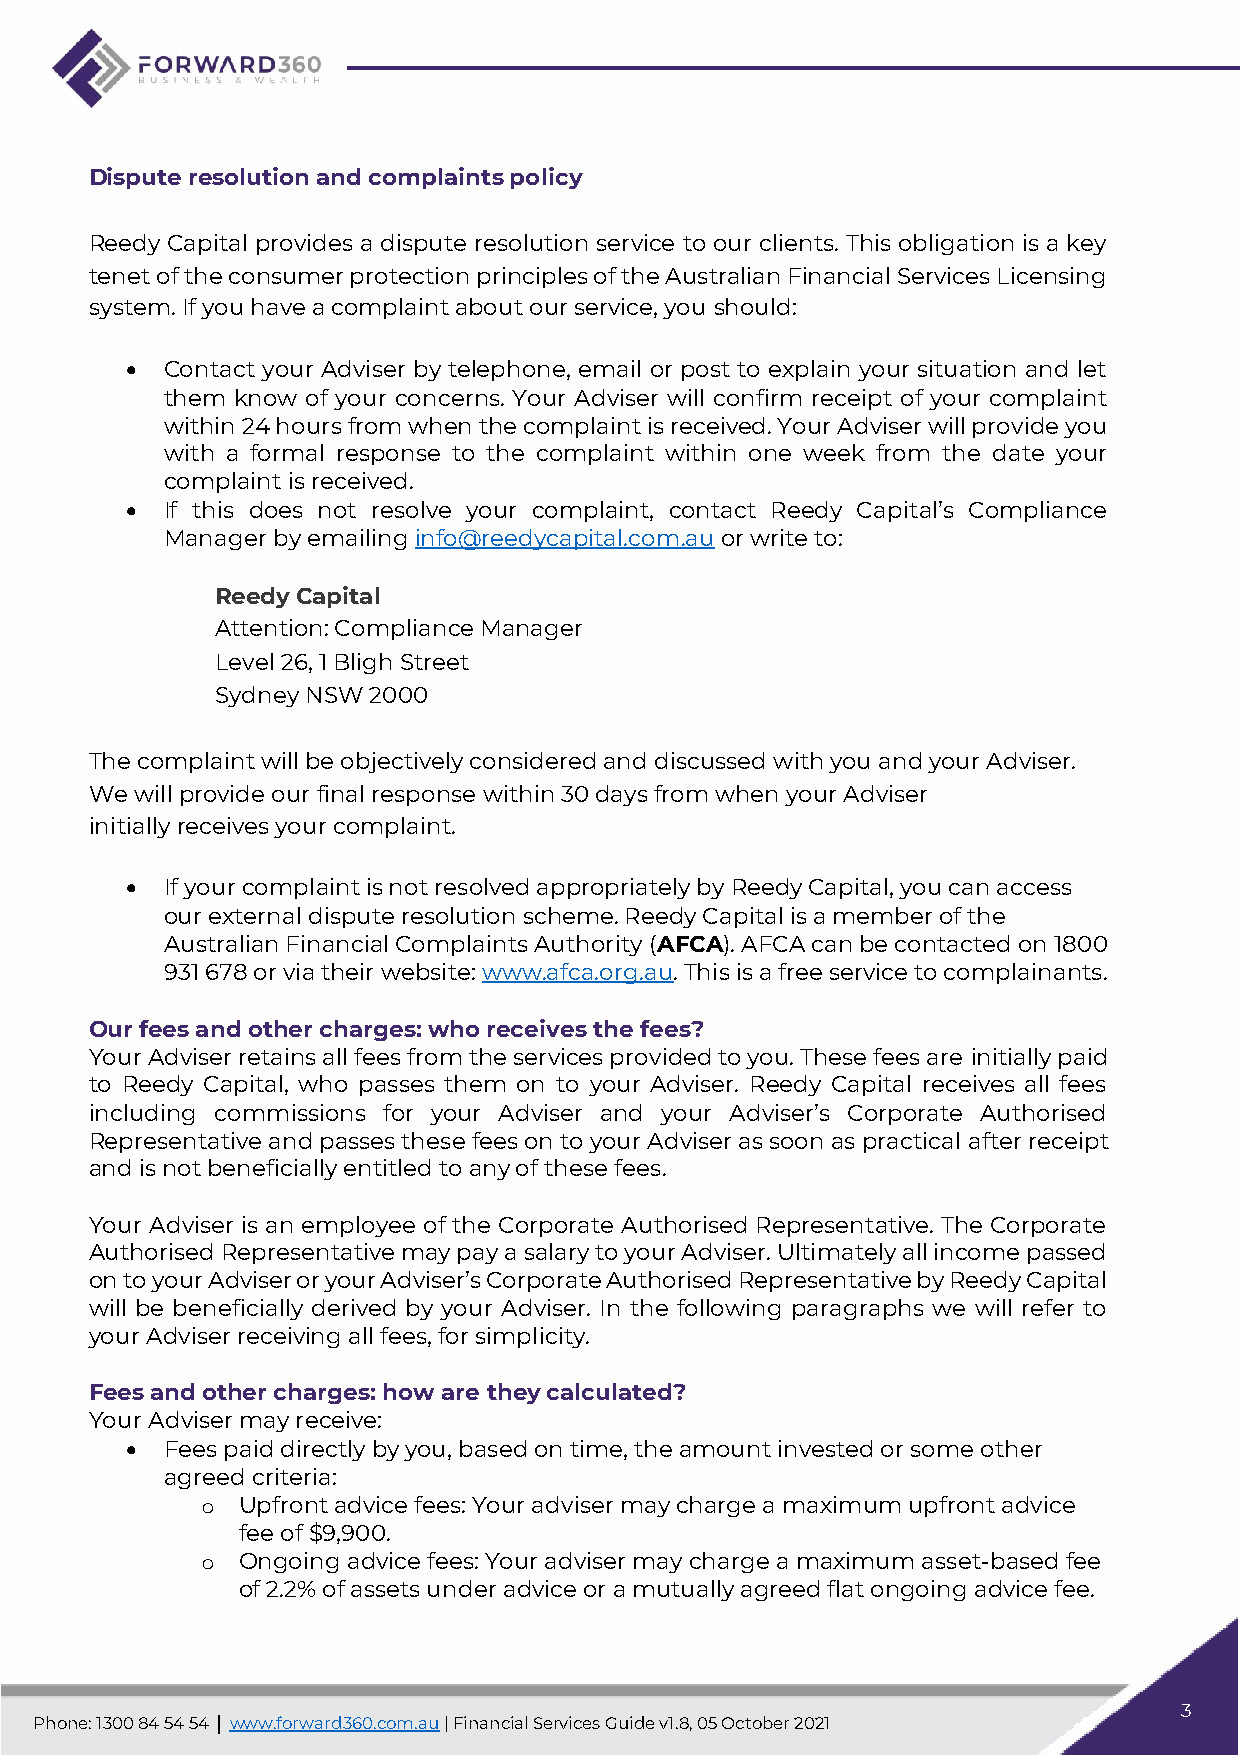
Dispute resolution and complaints policy
 Reedy Capital provides a dispute resolution service to our clients. This obligation is a key
 tenet of the consumer protection principles of the Australian Financial Services Licensing
 system. If you have a complaint about our service, you should:
 •  Contact your Adviser by telephone, email or post to explain your situation and let
 them know of your concerns. Your Adviser will confirm receipt of your complaint
 within 24 hours from when the complaint is received. Your Adviser will provide you
 with a formal response to the complaint within one week from the date your
 complaint is received.
 •  If this does not resolve your complaint, contact Reedy Capital’s Compliance
 Manager by emailing info@reedycapital.com.au or write to:
 Reedy Capital
 Attention: Compliance Manager
 Level 26, 1 Bligh Street
 Sydney NSW 2000
 The complaint will be objectively considered and discussed with you and your Adviser.
 We will provide our final response within 30 days from when your Adviser
 initially receives your complaint.
 •  If your complaint is not resolved appropriately by Reedy Capital, you can access
 our external dispute resolution scheme. Reedy Capital is a member of the
 Australian Financial Complaints Authority (AFCA). AFCA can be contacted on 1800
 931 678 or via their website: www.afca.org.au. This is a free service to complainants.
 Our fees and other charges: who receives the fees?
 Your Adviser retains all fees from the services provided to you. These fees are initially paid
 to Reedy Capital, who passes them on to your Adviser. Reedy Capital receives all fees
 including commissions for your Adviser and your Adviser’s Corporate Authorised
 Representative and passes these fees on to your Adviser as soon as practical after receipt
 and is not beneficially entitled to any of these fees.
 Your Adviser is an employee of the Corporate Authorised Representative. The Corporate
 Authorised Representative may pay a salary to your Adviser. Ultimately all income passed
 on to your Adviser or your Adviser’s Corporate Authorised Representative by Reedy Capital
 will be beneficially derived by your Adviser. In the following paragraphs we will refer to
 your Adviser receiving all fees, for simplicity.
 Fees and other charges: how are they calculated?
 Your Adviser may receive:
 •  Fees paid directly by you, based on time, the amount invested or some other
 agreed criteria:
 o  Upfront advice fees: Your adviser may charge a maximum upfront advice
 fee of $9,900.
 o  Ongoing advice fees: Your adviser may charge a maximum asset-based fee
 of 2.2% of assets under advice or a mutually agreed flat ongoing advice fee.
 3
 Phone: 1300 84 54 54 │ www.forward360.com.au | Financial Services Guide v1.8, 05 October 2021